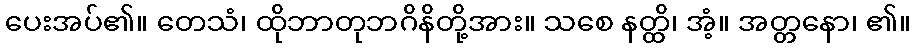
ပေးအပ်၏။ တေသံ၊ ထိုဘာတုဘဂိနိတို့အား။ သစေ နတ္ထိ၊ အံ့။ အတ္တနော၊ ၏။